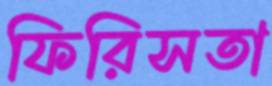
ফিরিসতা